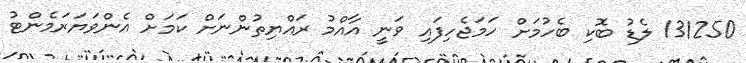
131250 ލެޑު ބޮކި ބެހުމަށް ހަމަޖެހިފައި ވަނީ އާއްމު ރައްޔިތުންނަށް ކަމަަށް އެންވަޔަރަމެންޓު